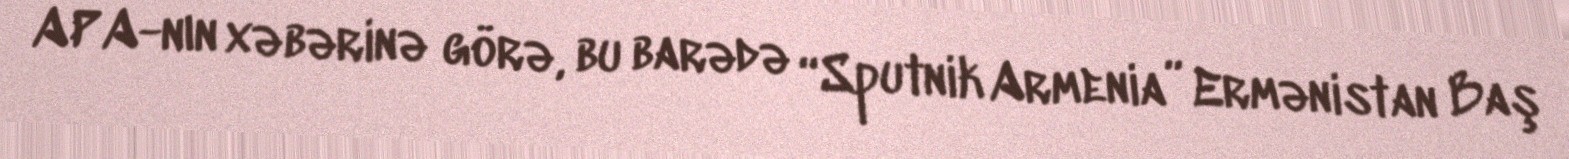
APA-nın xəbərinə görə, bu barədə “Sputnik Armenia” Ermənistan Baş